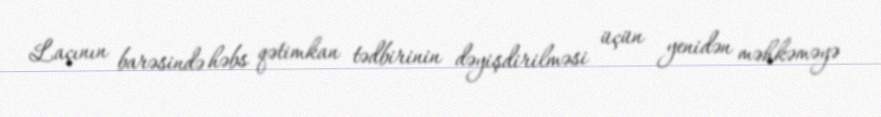
Laçının barəsində həbs qətimkan tədbirinin dəyişdirilməsi üçün yenidən məhkəməyə